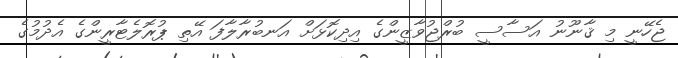
ޖެހޭނީ މި ޤާނޫނު އަސާސީ ބުރްޖުވާޒީންގެ އިދިކޮޅަށް އަނބުރާލާފަ އޭތި ޕުރޮލެޓާރީންގެ އެދުމުގެ